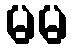
မမ